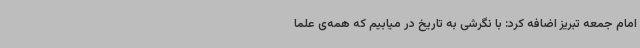
امام جمعه تبریز اضافه کرد: با نگرشی به تاریخ در میابیم که همه‌ی علما